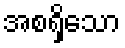
အစရှိသော